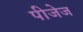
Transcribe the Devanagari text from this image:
पीजेज